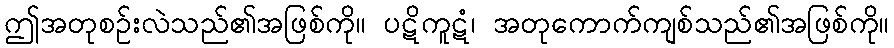
ဤအတုစဉ်းလဲသည်၏အဖြစ်ကို။ ပဋိကူဋံ၊ အတုကောက်ကျစ်သည်၏အဖြစ်ကို။